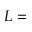
L =